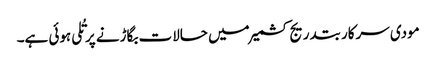
مودی سرکار بتدریج کشمیر میں حالات بگاڑنے پر تُلی ہوئی ہے۔